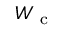
W _ { \textrm { c } }